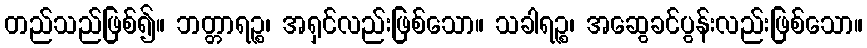
တည်သည်ဖြစ်၍။ ဘတ္တာရဉ္စ၊ အရှင်လည်းဖြစ်သော။ သခါရဉ္စ၊ အဆွေခင်ပွန်းလည်းဖြစ်သော။